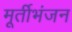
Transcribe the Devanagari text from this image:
मूर्तीभंजन